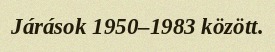
Járások 1950–1983 között.